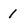
Character: 1